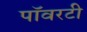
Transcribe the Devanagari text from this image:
पॉवरटी